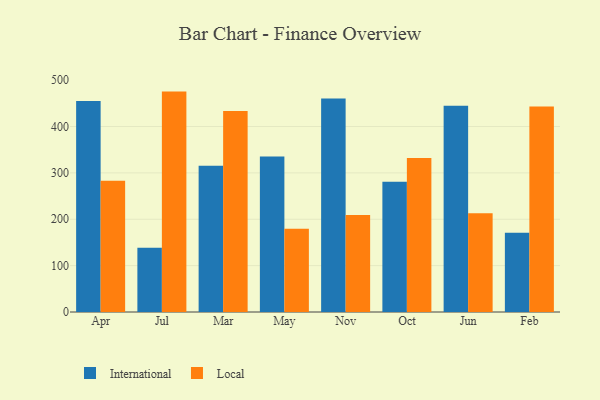
{"axis": {"x": "Month", "y": "Net Income (USD K)"}, "legend": ["International", "Local"], "data": [{"x": "Apr", "y": 454.9, "type": "International"}, {"x": "Apr", "y": 283.1, "type": "Local"}, {"x": "Jul", "y": 138.8, "type": "International"}, {"x": "Jul", "y": 475.3, "type": "Local"}, {"x": "Mar", "y": 315.4, "type": "International"}, {"x": "Mar", "y": 433.7, "type": "Local"}, {"x": "May", "y": 335.3, "type": "International"}, {"x": "May", "y": 179.5, "type": "Local"}, {"x": "Nov", "y": 460.4, "type": "International"}, {"x": "Nov", "y": 209.1, "type": "Local"}, {"x": "Oct", "y": 280.8, "type": "International"}, {"x": "Oct", "y": 331.9, "type": "Local"}, {"x": "Jun", "y": 444.9, "type": "International"}, {"x": "Jun", "y": 213.0, "type": "Local"}, {"x": "Feb", "y": 171.1, "type": "International"}, {"x": "Feb", "y": 443.1, "type": "Local"}]}